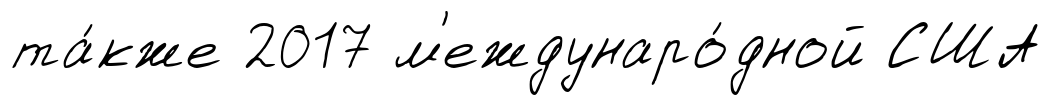
та́кже 2017 м'еждунаро́дной США